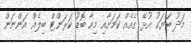
މަދު ބަޔަކު އުޅޭ ގެއެއް ކަމަށާއި މިހާ ބޮޑު ކަރަންޓް ބިލެއް އަންނަން